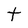
Character: t